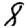
Digit: 8